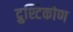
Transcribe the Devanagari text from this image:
द्रुश्टिकोण